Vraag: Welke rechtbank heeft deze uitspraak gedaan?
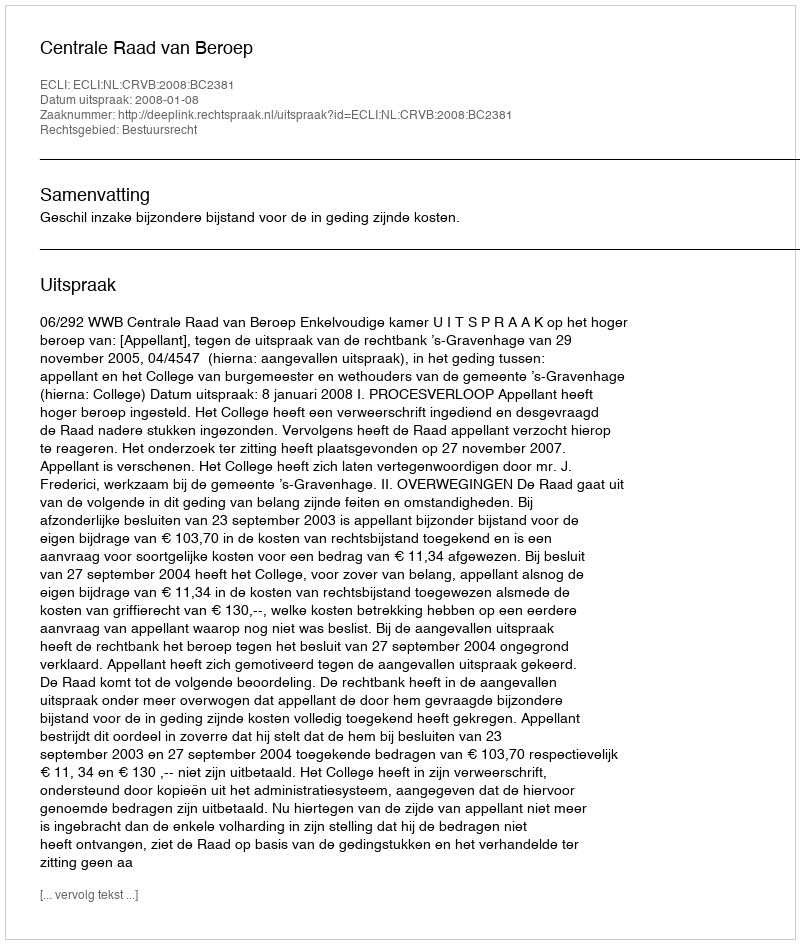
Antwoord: Centrale Raad van Beroep